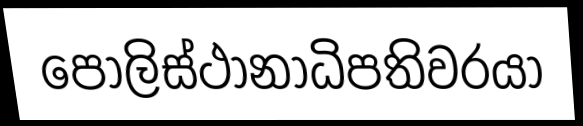
පොලිස්ථානාධිපතිවරයා